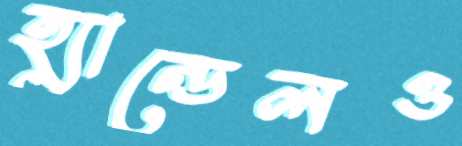
হ্যান্ডেলও